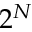
2 ^ { N }